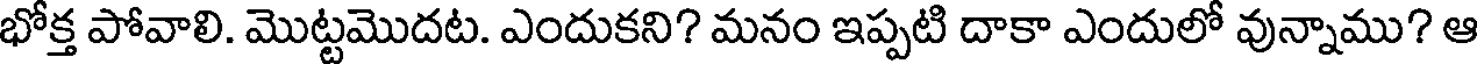
భోక్త పోవాలి. మొట్టమొదట. ఎందుకని? మనం ఇప్పటి దాకా ఎందులో వున్నాము? ఆ